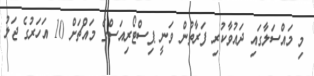
މި މައްސަލާގައި ދައުވާކުރި ފަރާތުން ވަނީ ޕިސްޓޯރިއަސްގެ މައްޗަށް 10 އަހަރުގެ ޖަލު